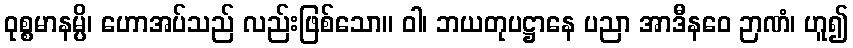
ဝုစ္စမာနမ္ပိ၊ ဟောအပ်သည် လည်းဖြစ်သော။ ဝါ၊ ဘယတုပဋ္ဌာနေ ပညာ အာဒီနဝေ ဉာဏံ၊ ဟူ၍